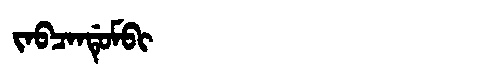
Manchu: ᠵᠠᠪᠴᠠᠨᡩᡠᠮᠪᡳ
Romanization: JABCANDUMBI